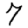
Digit: 7